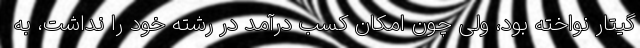
گیتار نواخته‌ بود، ولی چون امکان کسب درآمد در رشته خود را نداشت، به